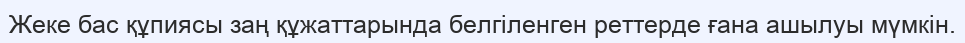
Жеке бас құпиясы заң құжаттарында белгіленген реттерде ғана ашылуы мүмкін.